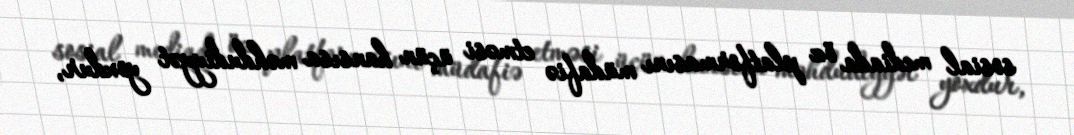
sosial mediada öz platformasını müdafiə etməsi üçün hansısa məhdudiyyət yoxdur,